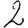
Digit: 2